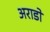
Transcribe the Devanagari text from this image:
अराडो